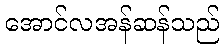
အောင်လအန်ဆန်သည်